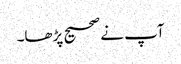
آپ نے صحیح پڑھا۔